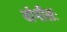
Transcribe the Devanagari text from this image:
योगीशः